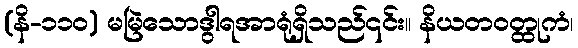
(နိ-၁၁၀) မမြဲသောဒွါရအာရုံရှိသည်၎င်း။ နိယတဝတ္ထုကံ၊